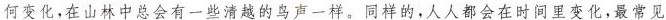
何变化，在山林中总会有一些清越的鸟声一样。同样的。人人都会在时间里变化，最常见